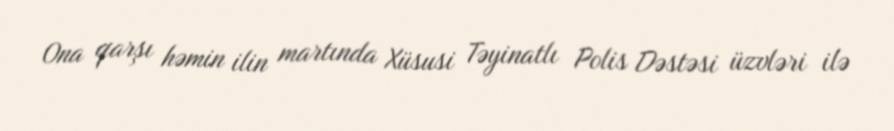
Ona qarşı həmin ilin martında Xüsusi Təyinatlı Polis Dəstəsi üzvləri ilə